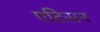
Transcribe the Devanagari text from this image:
एटिसन